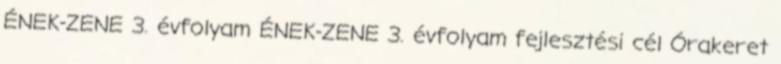
ÉNEK-ZENE 3. évfolyam ÉNEK-ZENE 3. évfolyam fejlesztési cél Órakeret